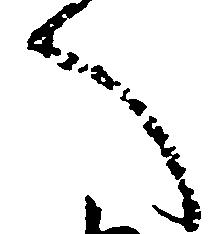
へ